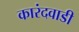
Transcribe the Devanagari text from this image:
कारंदवाडी